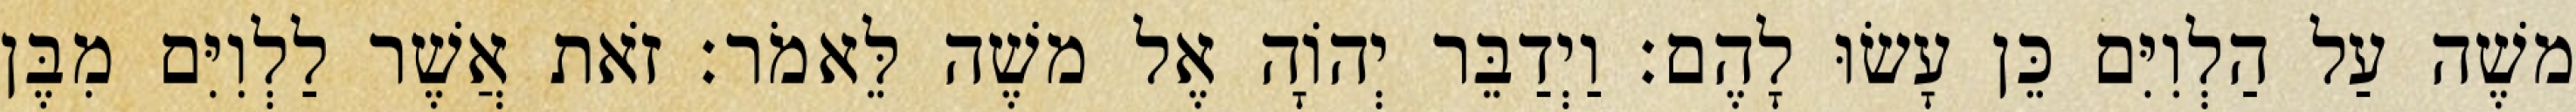
משֶׁה עַל הַלְוִיִּם כֵּן עָשׂוּ לָהֶם׃ וַיְדַבֵּר יְהוָֹה אֶל משֶׁה לֵּאמֹר׃ זֹאת אֲשֶׁר לַלְוִיִּם מִבֶּן